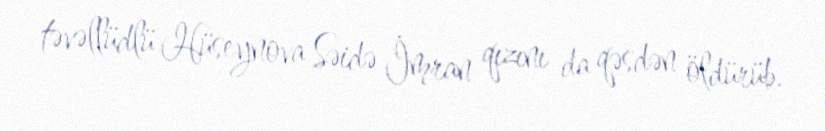
təvəllüdlü Hüseynova Səidə İmran qızını da qəsdən öldürüb.